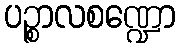
ပဉ္စာလစဏ္ဍော